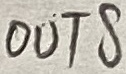
Text: OUTS